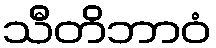
သီတိဘာဝံ